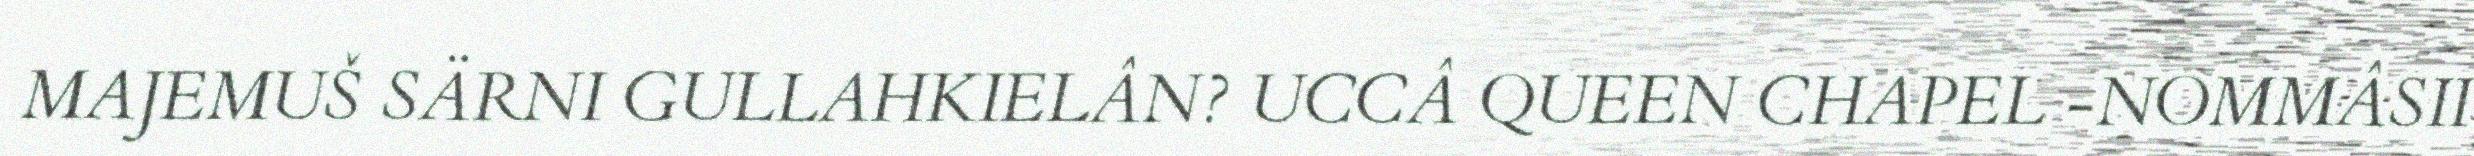
MAJEMUŠ SÄRNI GULLAHKIELÂN? UCCÂ QUEEN CHAPEL -NOMMÂSII